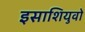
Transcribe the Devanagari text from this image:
इसाशियुवो